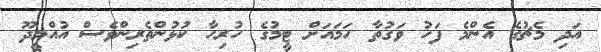
އަދި މެޗުގެ އެންމެ ފަހު ވަގުތާ ހަމައަށް ޓީމުގެ ހުރިހާ ކުޅުންތެރިންވެސް އުއްމީދޫ